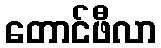
တောင်ဖီလာ